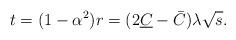
LaTeX: \begin{align*} t=(1-\alpha^2)r = ( 2 \underline C -\bar C)\lambda \sqrt s. \end{align*}